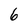
Character: 6